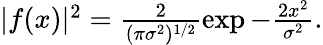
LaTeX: \begin{array}{r}{|f(x)|^{2}=\frac{2}{(\pi\sigma^{2})^{1/2}}\exp{-\frac{2x^{2}}{\sigma^{2}}}.}\end{array}